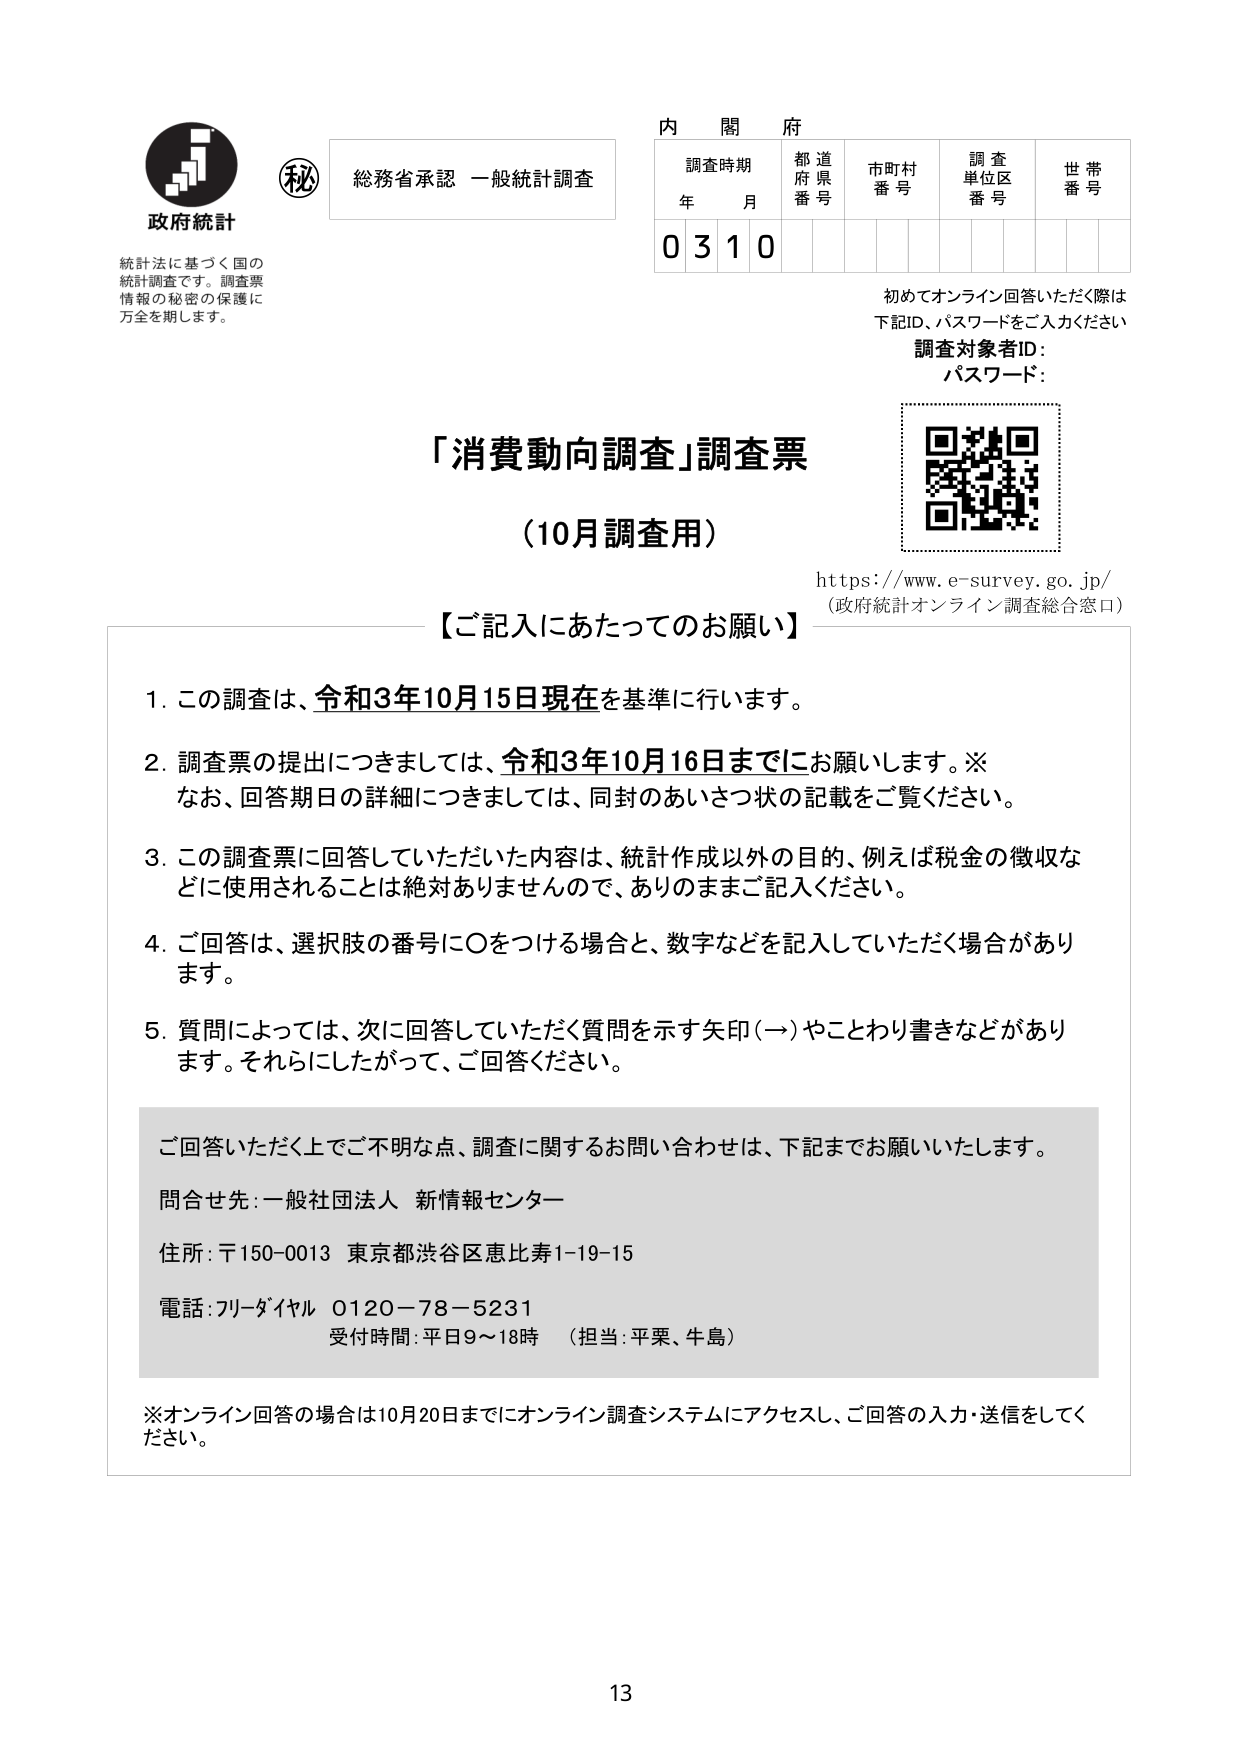
政府統計
統計法に基づく国の
統計調査です。調査票
情報の秘密の保護に
万全を期します。

秘
総務省承認 一般統計調査

内閣府
調査時期 年 月
都道府県番号
市町村番号
調査単位区番号
世帯番号
0 3 1 0

初めてオンライン回答いただく際は
下記ID、パスワードをご入力ください
調査対象者ID：
パスワード：

「消費動向調査」調査票
（10月調査用）

https://www.e-survey.go.jp/
（政府統計オンライン調査総合窓口）

【ご記入にあたってのお願い】

1. この調査は、令和3年10月15日現在を基準に行います。
2. 調査票の提出につきましては、令和3年10月16日までにお願いします。※
　なお、回答期日の詳細につきましては、同封のあいさつ状の記載をご覧ください。
3. この調査票に回答していただいた内容は、統計作成以外の目的、例えば税金の徴収などに使用されることは絶対ありませんので、ありのままご記入ください。
4. ご回答は、選択肢の番号に○をつける場合と、数字などを記入していただく場合があります。
5. 質問によっては、次に回答していただく質問を示す矢印（→）やことわり書きなどがあります。それらにしたがって、ご回答ください。

ご回答いただく上でご不明な点、調査に関するお問い合わせは、下記までお願いいたします。
問合せ先：一般社団法人 新情報センター
住所：〒150-0013 東京都渋谷区恵比寿1-19-15
電話：フリーダイヤル 0120-78-5231
受付時間：平日9～18時 （担当：平栗、牛島）

※オンライン回答の場合は10月20日までにオンライン調査システムにアクセスし、ご回答の入力・送信をしてください。

13